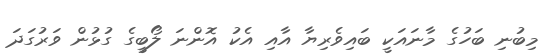
މިބުނި ބަހުގެ މާނައަކީ ބައިވެރިޔާ އާއި އެކު އޮންނަ ލޯބީގެ ގުޅުން ވަރުގަދަ